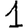
Digit: 1